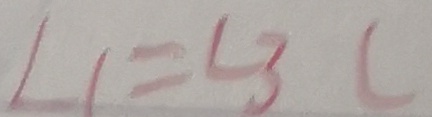
\angle 1 = \angle 3 (